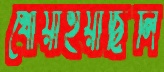
খোয়াইয়াছিলি